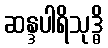
ဆန္ဒပါရိသုဒ္ဓိ